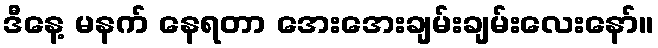
ဒီနေ့ မနက် နေရတာ အေးအေးချမ်းချမ်းလေးနော်။